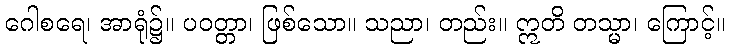
ဂေါစရေ၊ အာရုံ၌။ ပဝတ္တာ၊ ဖြစ်သော။ သညာ၊ တည်း။ ဣတိ တသ္မာ၊ ကြောင့်။